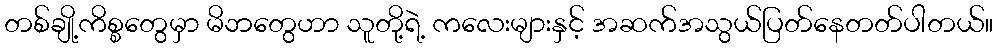
တစ်ချို့ကိစ္စတွေမှာ မိဘတွေဟာ သူတို့ရဲ့ ကလေးများနှင့် အဆက်အသွယ်ပြတ်နေတတ်ပါတယ်။